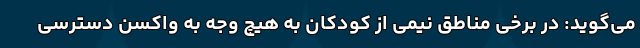
می‌گوید: در برخی مناطق نیمی از کودکان به هیچ وجه به واکسن دسترسی